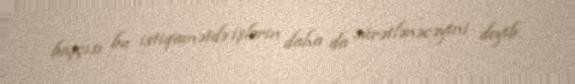
başçısı bu istiqamətdə işlərin daha da sürətlənəcəyini deyib.